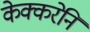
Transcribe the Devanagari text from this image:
केक्करेनि